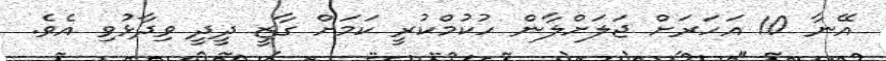
އޭނާ 10 އަހަރަށް ޖަލަށްލާން ހުކުމްކުރީ ކަމަށް ގާޒީ ދީދީ ވިދާޅުވި އެވެ.